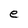
Character: e